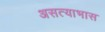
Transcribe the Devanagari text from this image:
असत्याभास